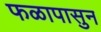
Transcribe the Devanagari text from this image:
फळापासुन